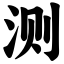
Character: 测